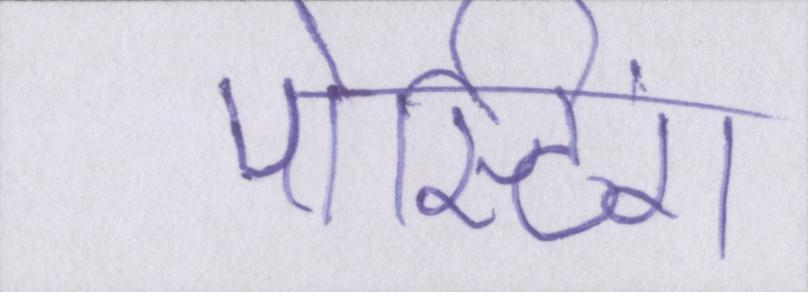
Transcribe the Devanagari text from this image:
पोस्टिंग